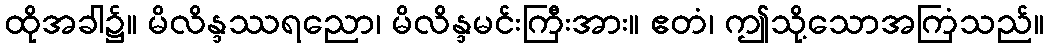
ထိုအခါ၌။ မိလိန္ဒဿရညော၊ မိလိန္ဒမင်းကြီးအား။ ဧတံ၊ ဤသို့သောအကြံသည်။